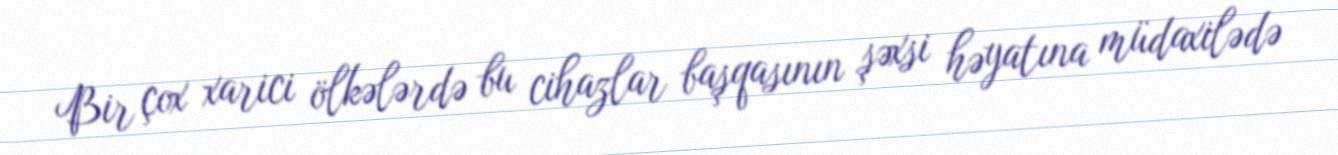
Bir çox xarici ölkələrdə bu cihazlar başqasının şəxsi həyatına müdaxilədə